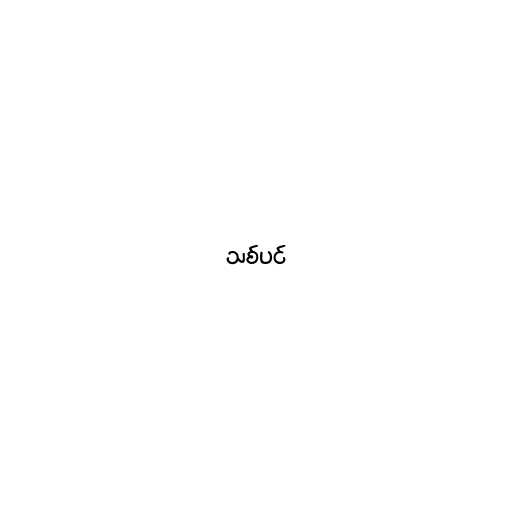
သစ်ပင်